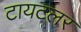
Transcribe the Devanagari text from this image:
टायटलर